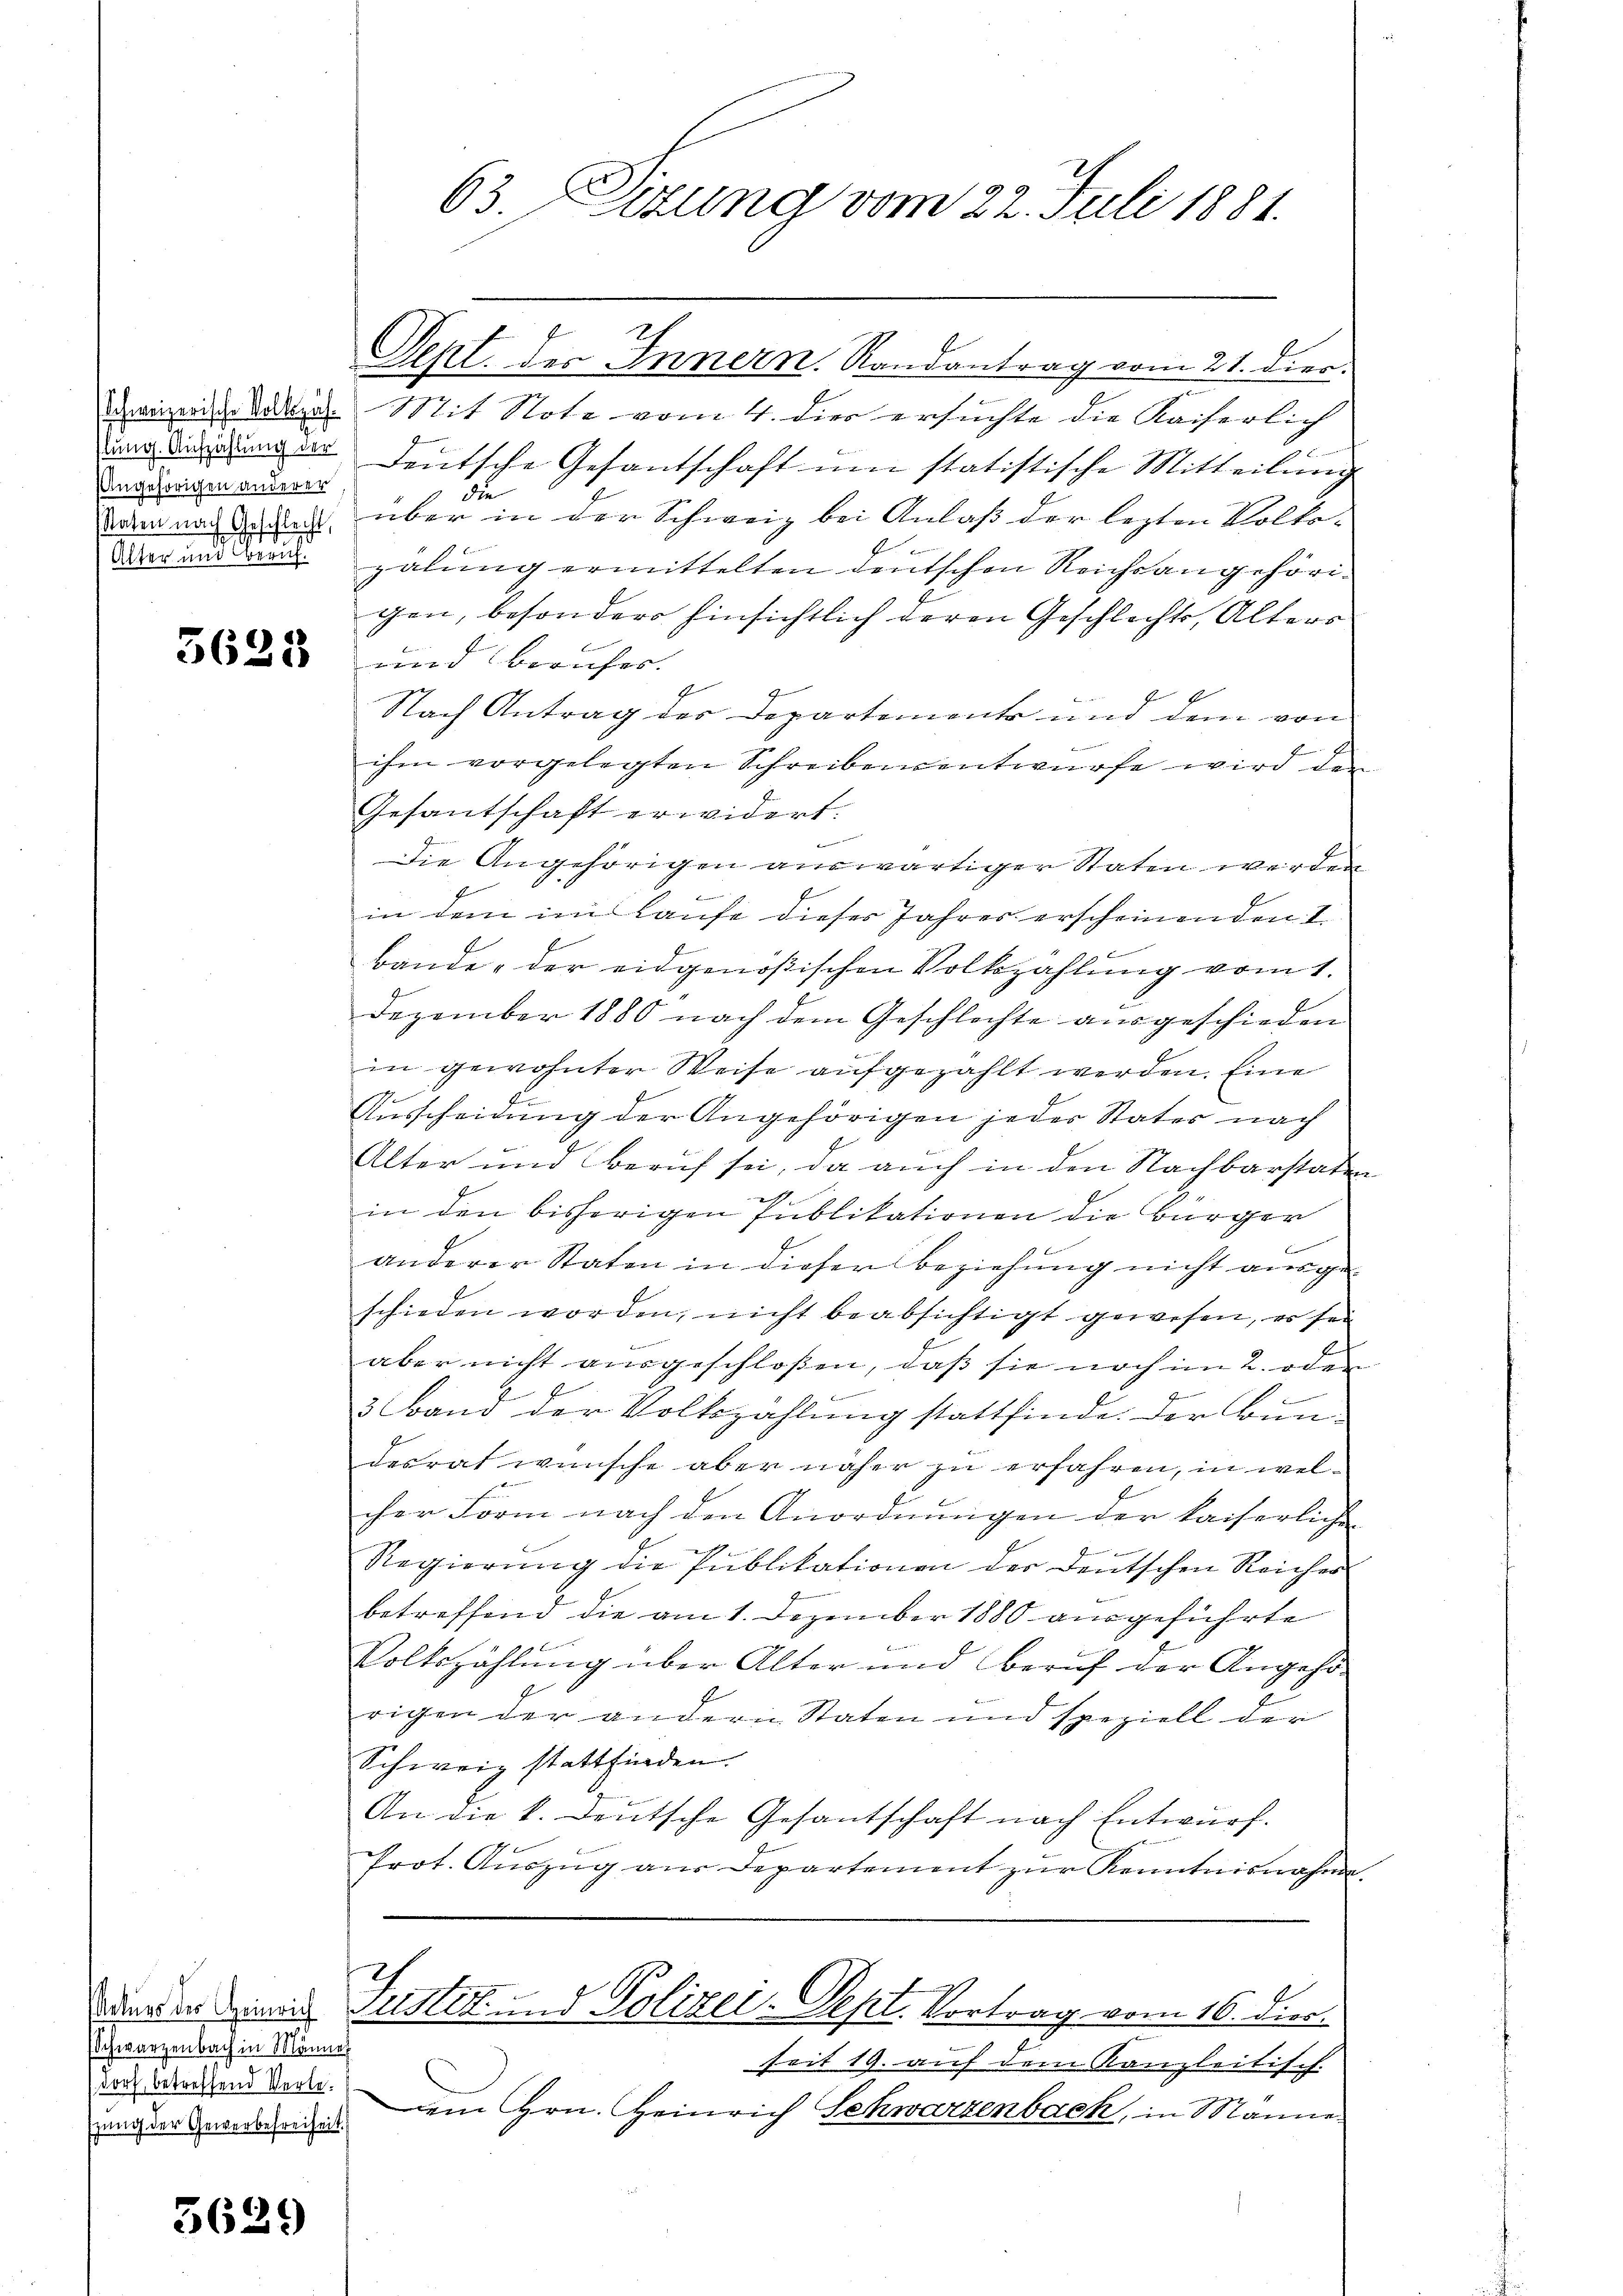
Angehörigen anderer
taten nach Geschlecht,

5623

sSchwarzenbach in Männer
spung der Gewerbefreiheit.

3639

C

Seht. des Innern. Randantrag vom 21. dies.
dii dallen. Mit Note vom 4. dies ersuchte die Kaiserlich
c
 drung in deutsche Gesantschaft um statistische Mitteilŭng
32
über in der Schweiz bei Anlaß der lezten Volko-
Darin an zalung ermittelten deutschen Reichsangehörigen, besondere hinsichtlich deren Geschlechts, Alters
und berufer. |
Nach Antrag der Departements und dem von
bin der einer er
E
ihm vorgelegten Schreibensentwürfe wird der
Gesantschaft erwidert.
t
Die Angehörigen auswärtiger Staten werden
1
in dem im Laufe dieses Jahres erscheinenden I
bande - der eidgenößischen Volkzahlŭng vom 1.
Dezember 1880 nach dem Geschlechte ausgeschieden
in gewohnter Weise aufgezählt werden. Eine
Ausscheidung der Angehörigen jeder Stater nach
Alter und Beruf sei, da auch in den Nachbarstater
in den bisherigen Publikationen die Bürger

anderer Staten in dieser Beziehung nicht ausgeschieden worden, nicht beabsichtigt gewesen, es sei
aber nicht ausgeschloßen, daß sie noch im 2. oder
E
3 Band der Volkszählung stattfinde. Der Bundesrat wünsche aber näher zu erfahren, in welcher Form nach den Anordnungen der kaiserliche
Regierung die Publikationen der deutschen Reicher
betreffend die am 1. Dezember 1880 ausgeführte
Volkszählung über Alter und Beruf der Angehö-
rigen der andern Staten und speziell der
Schweiz stattfinden.
An die k. deutsche Gesantschaft nach Entwurf.
Prot. Aŭszŭg aŭs Departement zŭr Kenntnisnahme
dienen eines Justiz und Polizei-Sept. Vortrag vom 16. dies.
seit 19. auf dem Kanzleitisch-
a dreisend derem Hrn. Heinrich Schwarzenbach, in Männe

63. Sizung vom 22. Juli 1881.